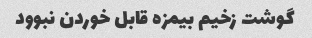
گوشت زخیم بیمزه قابل خوردن نبوود